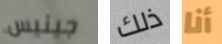
جينيس ذلك أنا